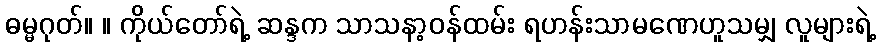
ဓမ္မဂုတ်။ ။ ကိုယ်တော်ရဲ့ ဆန္ဒက သာသနာ့ဝန်ထမ်း ရဟန်းသာမဏေဟူသမျှ လူများရဲ့